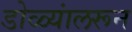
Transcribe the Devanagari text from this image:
डोळ्यांलरून